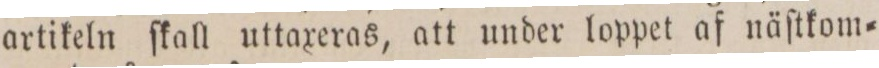
artikeln ſkall uttaxeras, att under loppet af näſtkom=